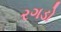
રગડો